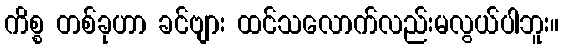
ကိစ္စ တစ်ခုဟာ ခင်ဗျား ထင်သလောက်လည်းမလွယ်ပါဘူး။